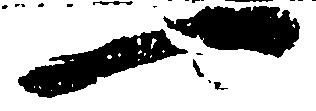
一